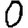
Digit: 0